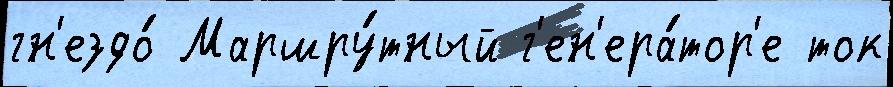
гн'ездо́ Маршру́тный г'ен'ера́тор'е ток